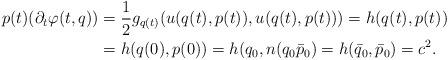
LaTeX: \begin{align*}\begin{aligned}p(t)(\partial_t\varphi(t,q))&=\frac{1}{2}g_{q(t)}(u(q(t),p(t)),u(q(t),p(t)))=h(q(t),p(t))\\&=h(q(0),p(0))=h(q_0,n(q_0\bar p_0)=h(\bar q_0,\bar p_0)=c^2.\end{aligned}\end{align*}